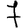
Digit: 7